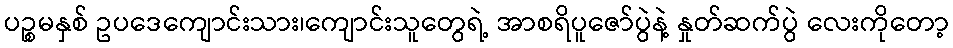
ပဉ္စမနှစ် ဥပဒေကျောင်းသား၊ကျောင်းသူတွေရဲ့ အာစရိပူဇော်ပွဲနဲ့ နှုတ်ဆက်ပွဲ လေးကိုတော့